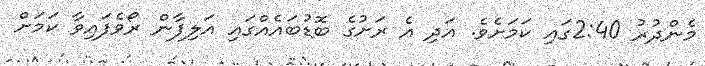
މެންދުރު 2:40ގައި ކަމަށެވެ. އަދި އެ ރަށުގެ ބޮޑުބައެއްގައި އަލިފާން ރޯވެފައިވާ ކަމަށް